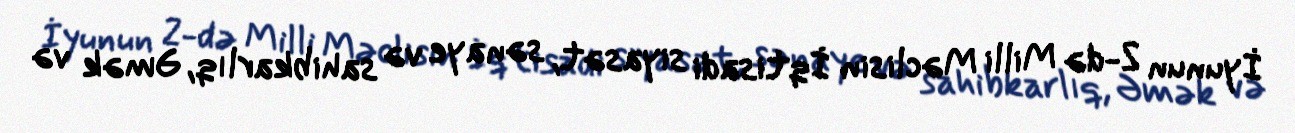
İyunun 2-də Milli Məclisin İqtisadi siyasət, sənaye və sahibkarlıq, Əmək və